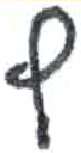
אות: ץ